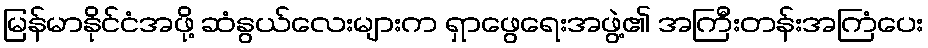
မြန်မာနိုင်ငံအဖို့ ဆံနွယ်လေးများက ရှာဖွေရေးအဖွဲ့၏ အကြီးတန်းအကြံပေး